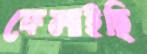
ফেলাইছি